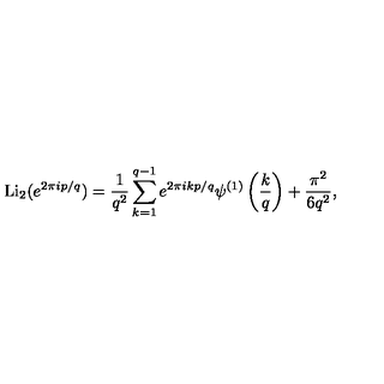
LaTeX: \mathrm { L i } _ { 2 } ( e ^ { 2 \pi i p / q } ) = \frac { 1 } { q ^ { 2 } } \sum _ { k = 1 } ^ { q - 1 } e ^ { 2 \pi i k p / q } \psi ^ { ( 1 ) } \left( \frac { k } { q } \right) + \frac { \pi ^ { 2 } } { 6 q ^ { 2 } } ,